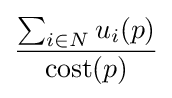
{\frac {\sum _{i\in N}u_{i}(p)}{\mathrm {cost} (p)}}